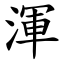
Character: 渾